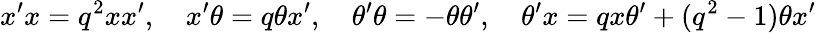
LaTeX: x^{\prime}x=q^{2}xx^{\prime},\quad x^{\prime}\theta=q\theta x^{\prime},\quad\theta^{\prime}\theta=-\theta\theta^{\prime},\quad\theta^{\prime}x=qx\theta^{\prime}+(q^{2}-1)\theta x^{\prime}